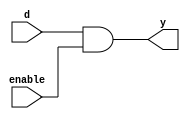
 module buffer_gl(y,d,enable);
  input d,enable;
  output y;
  and(y,d,enable);
endmodule